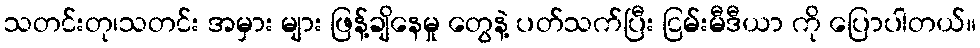
သတင်းတု၊သတင်း အမှား များ ဖြန့်ချိနေမှု တွေနဲ့ ပတ်သက်ပြီး ငြမ်းမီဒီယာ ကို ပြောပါတယ်။